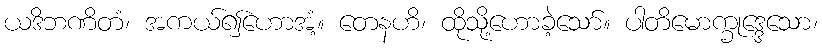
ယဒိဘဏိတံ၊ အကယ်၍ဟောအံ့။ တေနဟိ၊ ထိုသို့ဟောခဲ့သော်။ ပါတိမောက္ခုဒ္ဒေသော၊